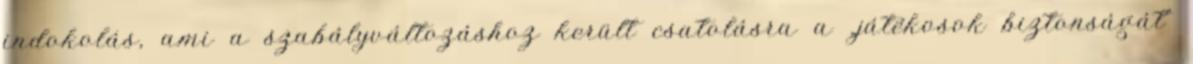
indokolás, ami a szabályváltozáshoz került csatolásra a „játékosok biztonságát”